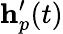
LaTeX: \mathbf{h}_{p}^{\prime}(t)